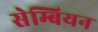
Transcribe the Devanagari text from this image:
सेम्बियन